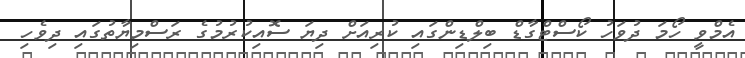
އެމްވީ ހޯމަ ދުވަހު ކޯސްޓްގާޑް ބިލްޑިންގައި ކުރިއަށް ދިޔަ ސޮއިކުރުމުގެ ރަސްމިޔާތުގައި ދިވެހި